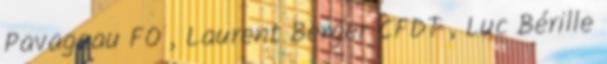
Pavageau FO , Laurent Berger CFDT , Luc Bérille